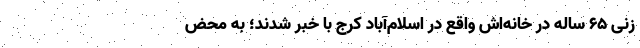
زنی ۶۵ ساله در خانه‌اش واقع در اسلام‌آباد کرج با خبر شدند؛ به محض